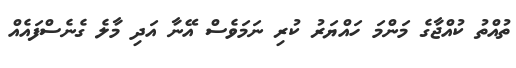
ތުއްތު ކުއްޖާގެ މަންމަ ހައްޔަރު ކުރި ނަމަވެސް އޭނާ އަދި މާލެ ގެނެސްފައެއް